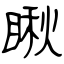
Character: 瞅